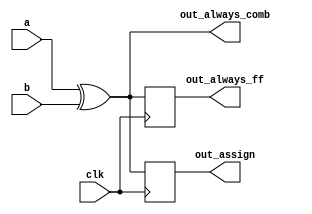
module top_module(
    input clk,
    input a,
    input b,
    output wire out_assign,
    output reg out_always_comb,
    output reg out_always_ff   );

    // Assign statement
    always @(posedge clk) begin
        out_assign = a ^ b;
    end

    // Combinational always block
    always @(a or b) begin
        out_always_comb = a ^ b;
    end

    // Clocked always block
    always @(posedge clk) begin
        out_always_ff <= a ^ b;
    end

endmodule